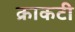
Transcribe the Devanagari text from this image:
क्राकटी